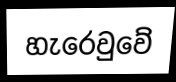
හැරෙවුවේ